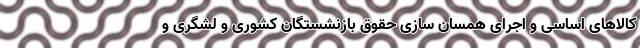
کالا‌های اساسی و اجرای همسان سازی حقوق بازنشستگان کشوری و لشگری و